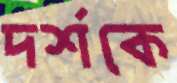
দর্শকে